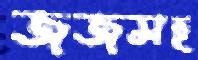
জজসহ